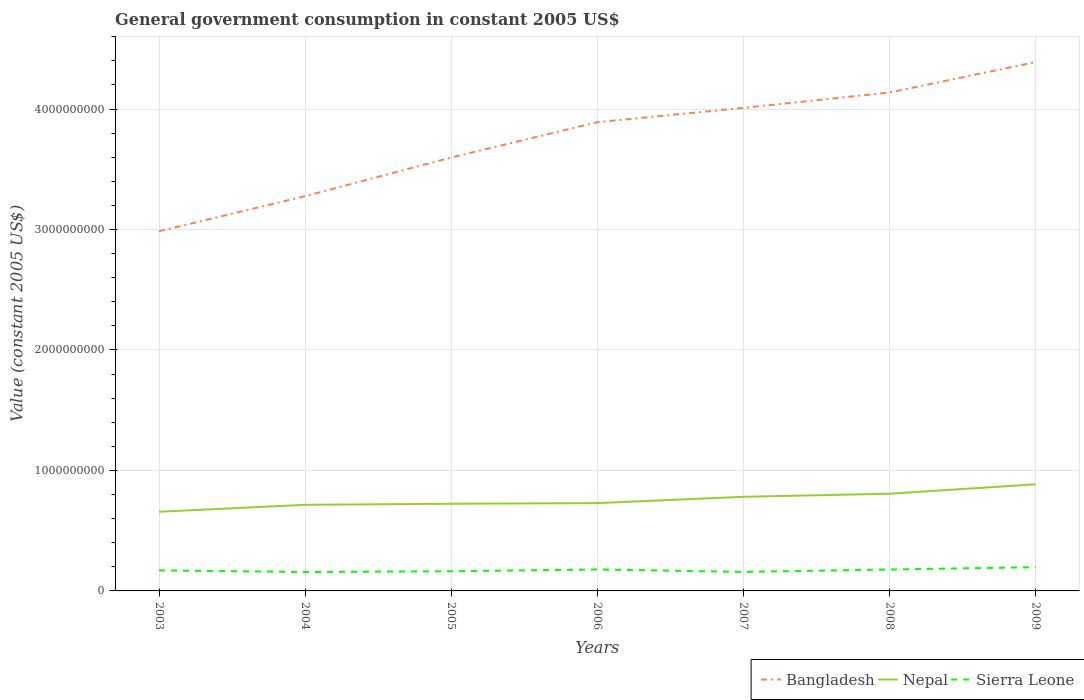
| Years | Bangladesh | Nepal | Sierra Leone |
 | --- | --- | --- | --- |
 | 2003 | 2.99e+09 | 6.57e+08 | 1.7e+08 |
 | 2004 | 3.28e+09 | 7.15e+08 | 1.57e+08 |
 | 2005 | 3.6e+09 | 7.24e+08 | 1.63e+08 |
 | 2006 | 3.89e+09 | 7.29e+08 | 1.78e+08 |
 | 2007 | 4.01e+09 | 7.81e+08 | 1.58e+08 |
 | 2008 | 4.14e+09 | 8.07e+08 | 1.78e+08 |
 | 2009 | 4.39e+09 | 8.85e+08 | 1.97e+08 |